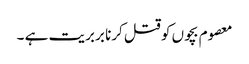
معصوم بچوں کو قتل کرنا بربریت ہے ۔